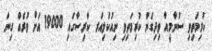
ކުރިމަތިވި ސުނާމީއާ ވިދިގެން ކުރިމަތިވި ނިއުކްލިއަރ ކާރިސާގައި 19000 އަށް ވުރެއް ގިނަ